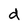
Character: d